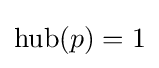
\mathrm {hub} (p)=1